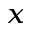
_ { x }